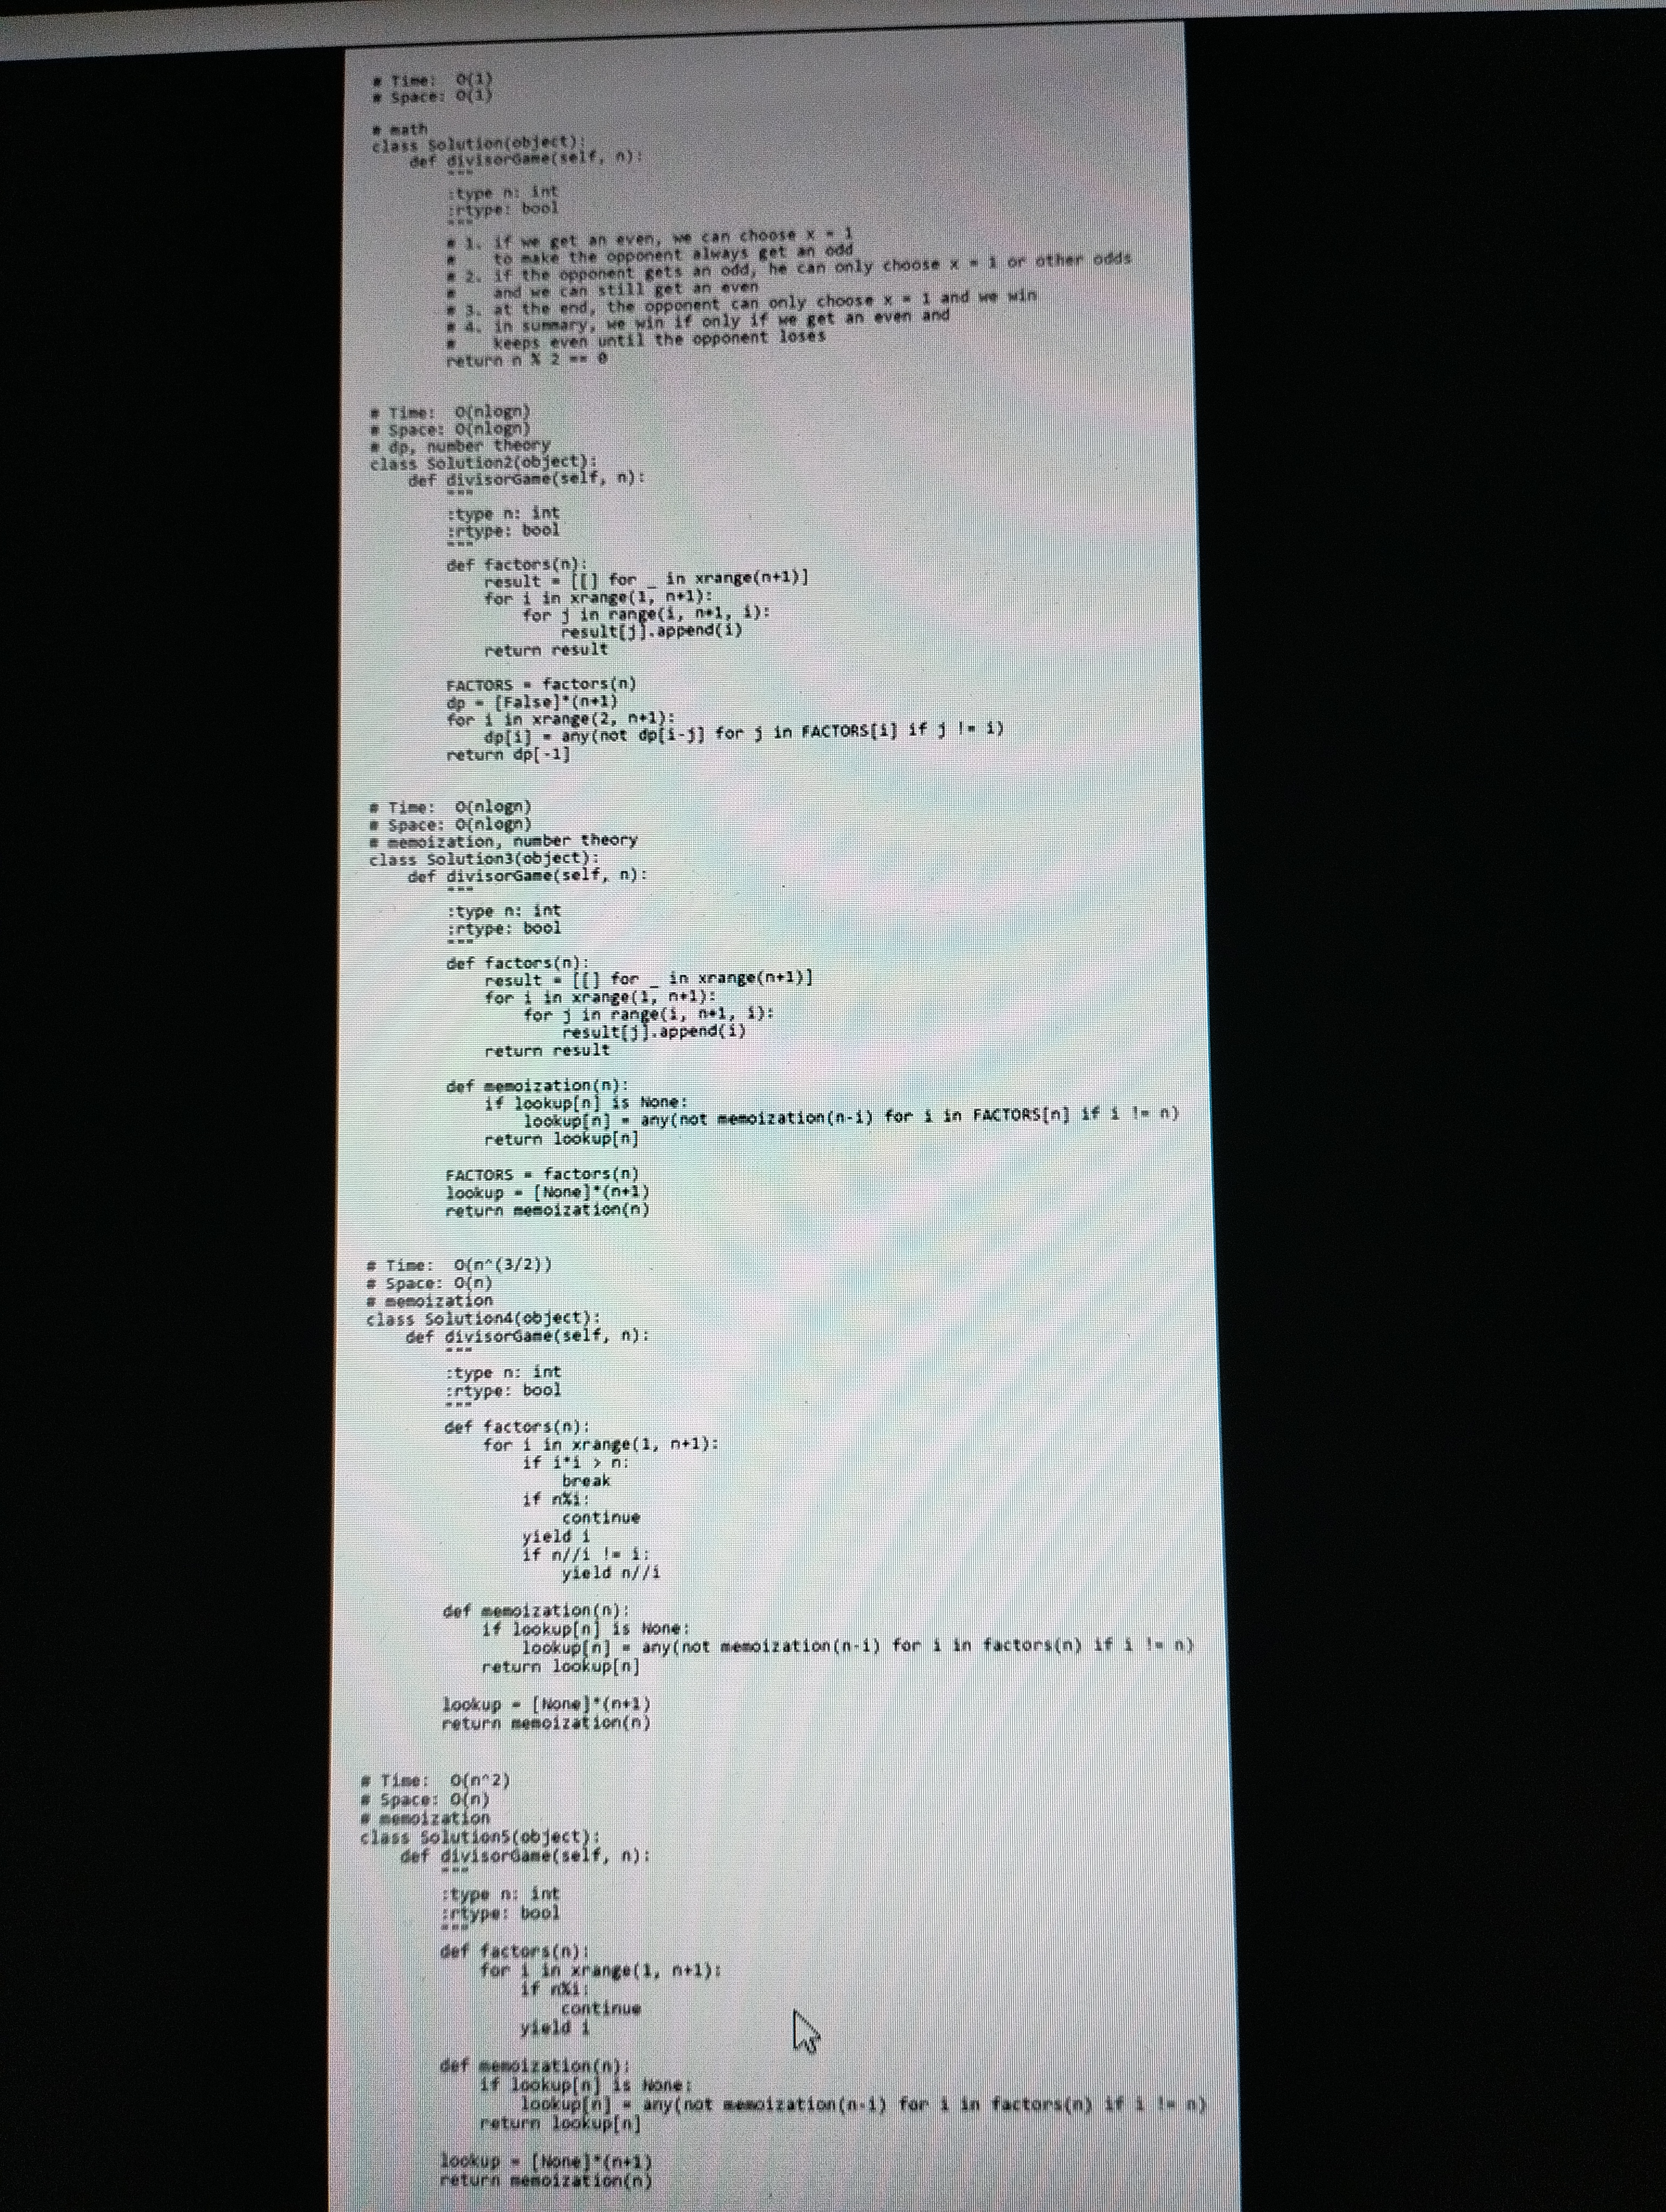
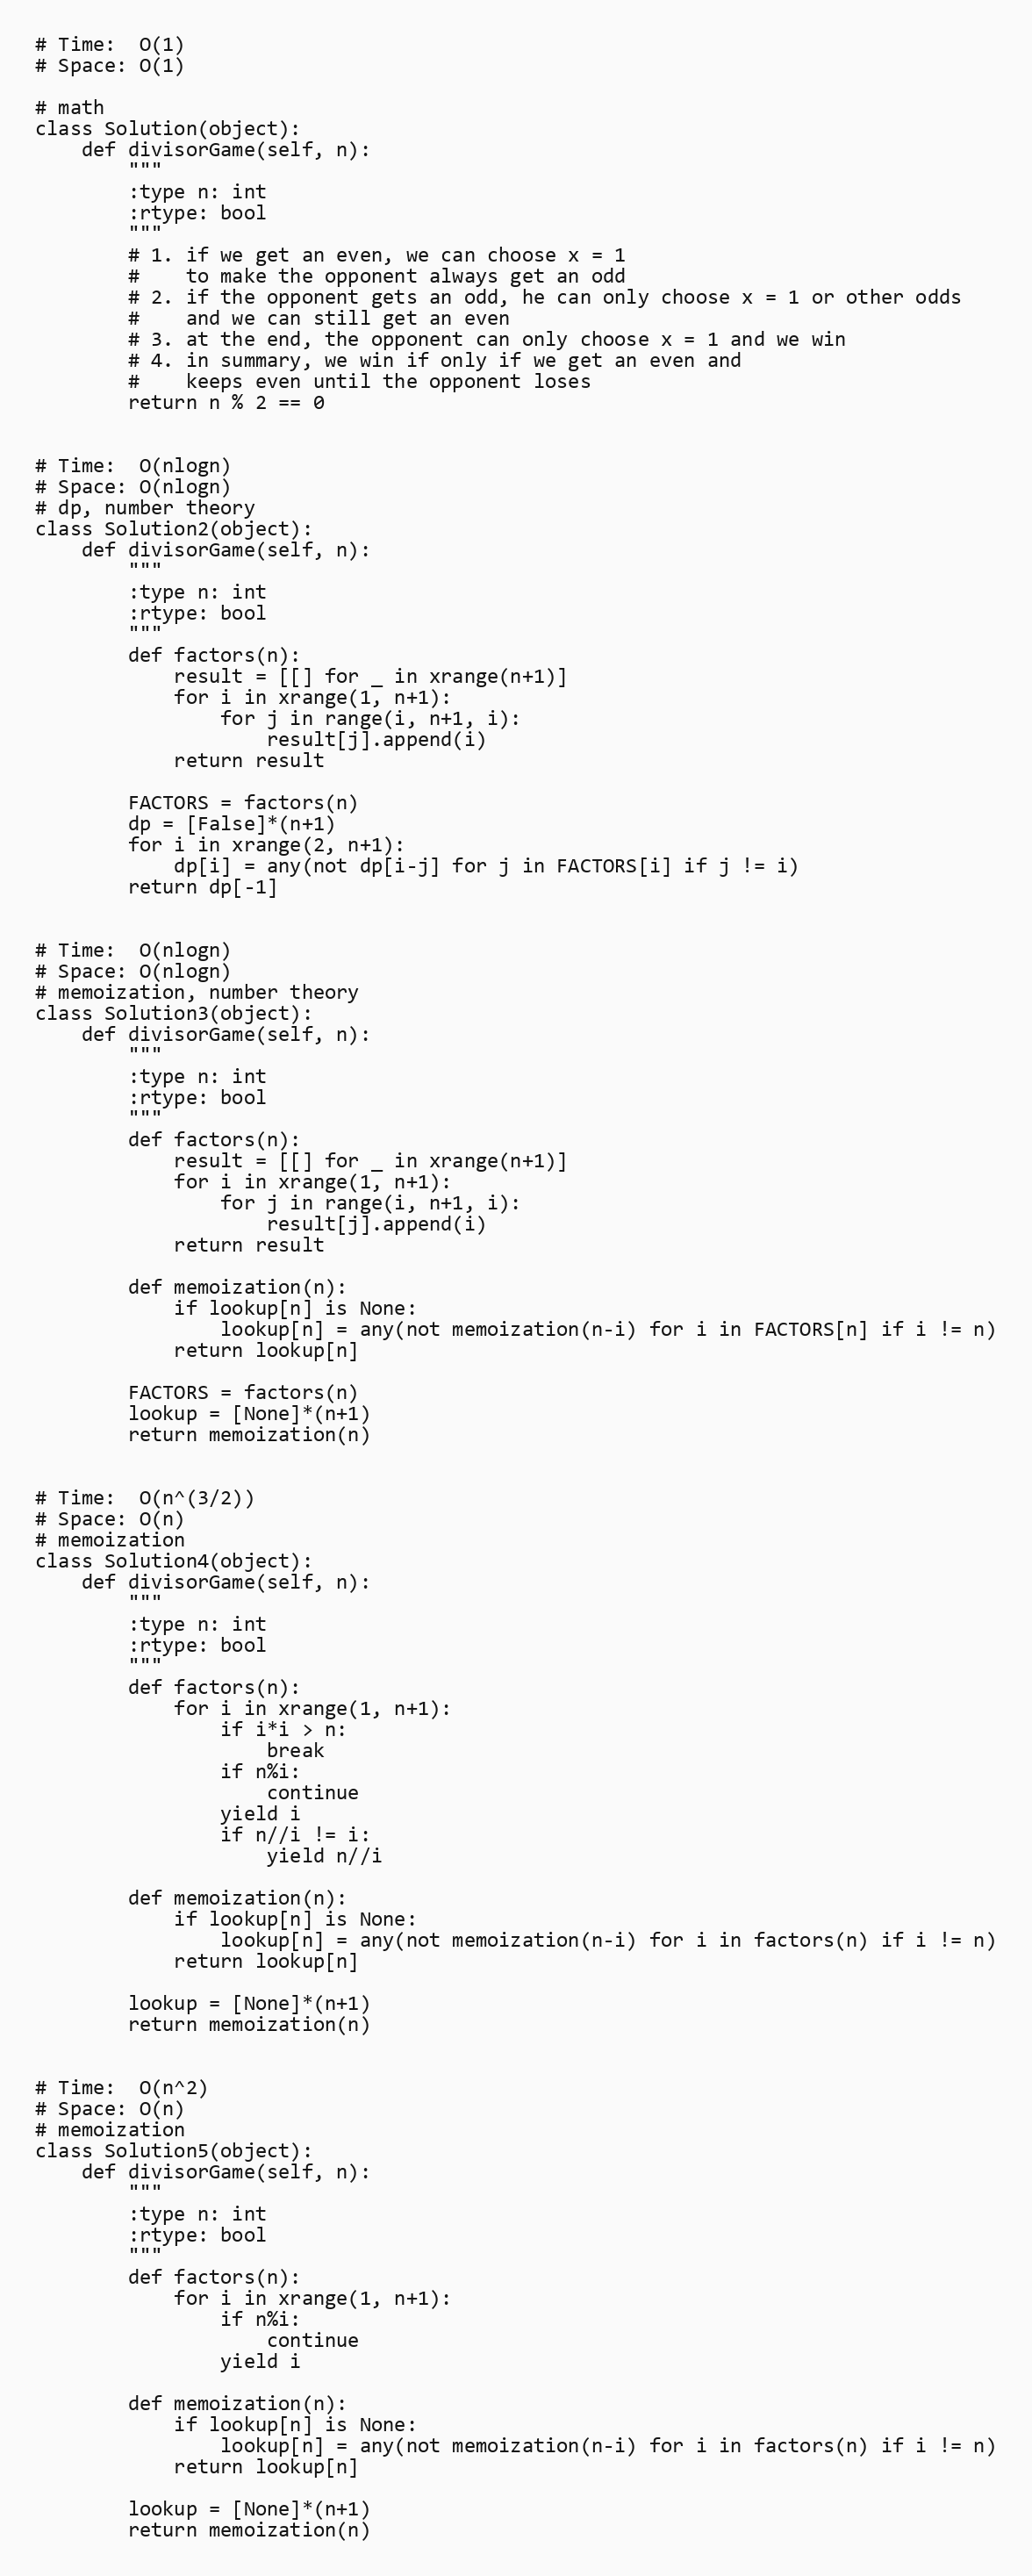
# Time:  O(1)
# Space: O(1)

# math
class Solution(object):
    def divisorGame(self, n):
        """
        :type n: int
        :rtype: bool
        """
        # 1. if we get an even, we can choose x = 1
        #    to make the opponent always get an odd
        # 2. if the opponent gets an odd, he can only choose x = 1 or other odds
        #    and we can still get an even
        # 3. at the end, the opponent can only choose x = 1 and we win
        # 4. in summary, we win if only if we get an even and
        #    keeps even until the opponent loses
        return n % 2 == 0

# Time:  O(nlogn)
# Space: O(nlogn)
# dp, number theory
class Solution2(object):
    def divisorGame(self, n):
        """
        :type n: int
        :rtype: bool
        """
        def factors(n):
            result = [[] for _ in xrange(n+1)]
            for i in xrange(1, n+1):
                for j in range(i, n+1, i):
                    result[j].append(i)
            return result

        FACTORS = factors(n)
        dp = [False]*(n+1)
        for i in xrange(2, n+1):
            dp[i] = any(not dp[i-j] for j in FACTORS[i] if j != i)
        return dp[-1]

# Time:  O(nlogn)
# Space: O(nlogn)
# memoization, number theory
class Solution3(object):
    def divisorGame(self, n):
        """
        :type n: int
        :rtype: bool
        """
        def factors(n):
            result = [[] for _ in xrange(n+1)]
            for i in xrange(1, n+1):
                for j in range(i, n+1, i):
                    result[j].append(i)
            return result

        def memoization(n):
            if lookup[n] is None:
                lookup[n] = any(not memoization(n-i) for i in FACTORS[n] if i != n)
            return lookup[n]

        FACTORS = factors(n)
        lookup = [None]*(n+1)
        return memoization(n)

# Time:  O(n^(3/2))
# Space: O(n)
# memoization
class Solution4(object):
    def divisorGame(self, n):
        """
        :type n: int
        :rtype: bool
        """
        def factors(n):
            for i in xrange(1, n+1):
                if i*i > n:
                    break
                if n%i:
                    continue
                yield i
                if n//i != i:
                    yield n//i

        def memoization(n):
            if lookup[n] is None:
                lookup[n] = any(not memoization(n-i) for i in factors(n) if i != n)
            return lookup[n]

        lookup = [None]*(n+1)
        return memoization(n)

# Time:  O(n^2)
# Space: O(n)
# memoization
class Solution5(object):
    def divisorGame(self, n):
        """
        :type n: int
        :rtype: bool
        """
        def factors(n):
            for i in xrange(1, n+1):
                if n%i:
                    continue
                yield i

        def memoization(n):
            if lookup[n] is None:
                lookup[n] = any(not memoization(n-i) for i in factors(n) if i != n)
            return lookup[n]

        lookup = [None]*(n+1)
        return memoization(n)